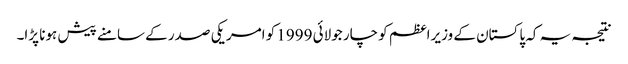
نتیجہ یہ کہ پاکستان کے وزیراعظم کو چار جولائی 1999 کو امریکی صدر کے سامنے پیش ہونا پڑا۔